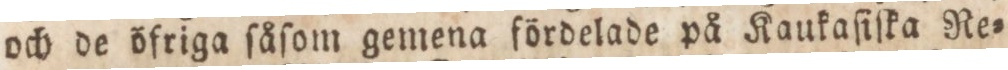
och de öfriga ſåſom gemena fördelade på Kaukaſiſka Re=